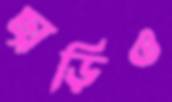
ছাড়িও